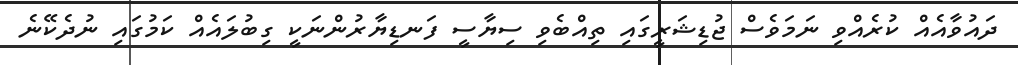
ދައުވާއެއް ކުރެއްވި ނަމަވެސް ޖުޑިޝަރީގައި ތިއްބެވި ސިޔާސީ ފަނޑިޔާރުންނަކީ ގިބުލައެއް ކަމުގައި ނުދެކޭނެ